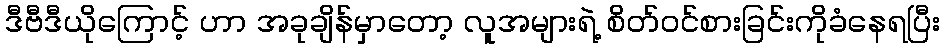
ဒီဗီဒီယိုကြောင့် ဟာ အခုချိန်မှာတော့ လူအများရဲ့ စိတ်ဝင်စားခြင်းကိုခံနေရပြီး